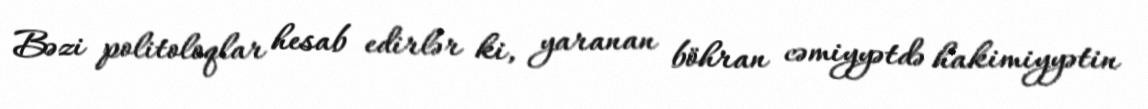
Bəzi politoloqlar hesab edirlər ki, yaranan böhran cəmiyyətdə hakimiyyətin